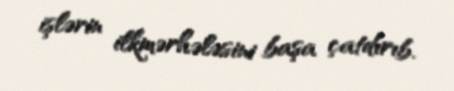
işlərin ilkmərhələsini başa çatdırıb.